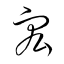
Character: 宏